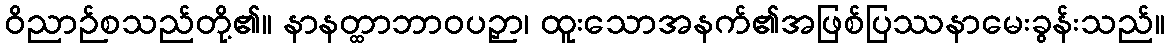
ဝိညာဉ်စသည်တို့၏။ နာနတ္ထာဘာဝပဉှာ၊ ထူးသောအနက်၏အဖြစ်ပြဿနာမေးခွန်းသည်။